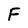
Character: F